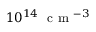
1 0 ^ { 1 4 } ~ \mathrm { ~ c ~ m ~ } ^ { - 3 }